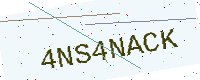
Text: 4NS4NACK